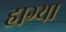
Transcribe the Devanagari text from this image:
हाग्या